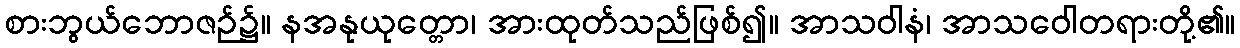
စားဘွယ်ဘောဇဉ်၌။ နအနုယုတ္တော၊ အားထုတ်သည်ဖြစ်၍။ အာသဝါနံ၊ အာသဝေါတရားတို့၏။